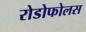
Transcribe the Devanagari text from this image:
रोडोफोलस